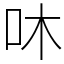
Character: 㕲